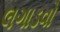
લગાડવો